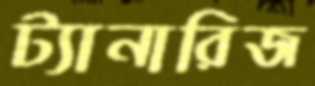
ট্যানারিজ